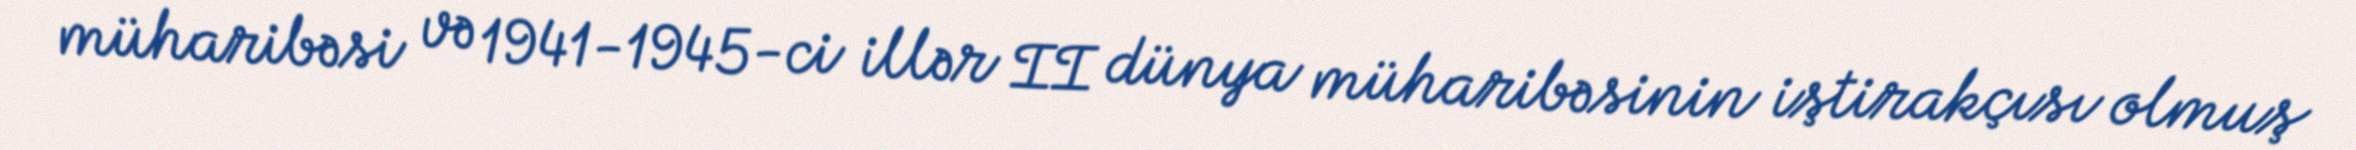
müharibəsi və 1941-1945-ci illər II dünya müharibəsinin iştirakçısı olmuş